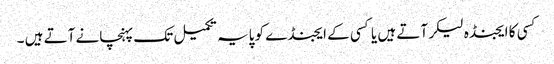
کسی کا ایجنڈہ لیکر آتے ہیں یا کسی کے ایجنڈے کو پایہ تکمیل تک پہنچانے آتے ہیں ۔